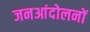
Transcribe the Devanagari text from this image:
जनआंदोलनों